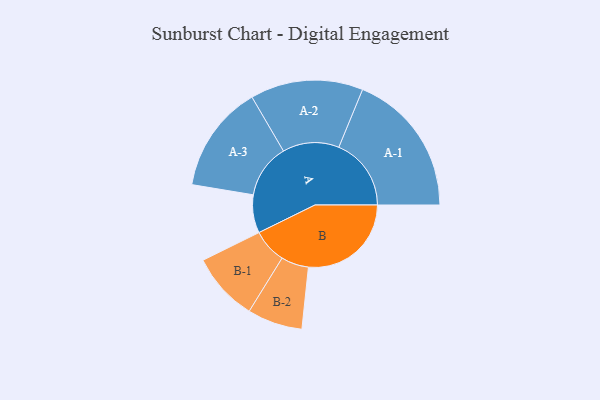
{"axis": {"x": "Segment", "y": "Value"}, "legend": ["", "A", "B"], "data": [{"x": "A", "y": 148, "type": ""}, {"x": "B", "y": 399, "type": ""}, {"x": "A-1", "y": 281, "type": "A"}, {"x": "A-2", "y": 219, "type": "A"}, {"x": "A-3", "y": 209, "type": "A"}, {"x": "B-1", "y": 133, "type": "B"}, {"x": "B-2", "y": 107, "type": "B"}]}